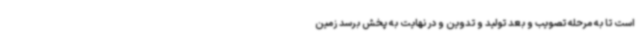
است تا به مرحله تصویب و بعد تولید و تدوین و در نهایت به پخش برسد زمین